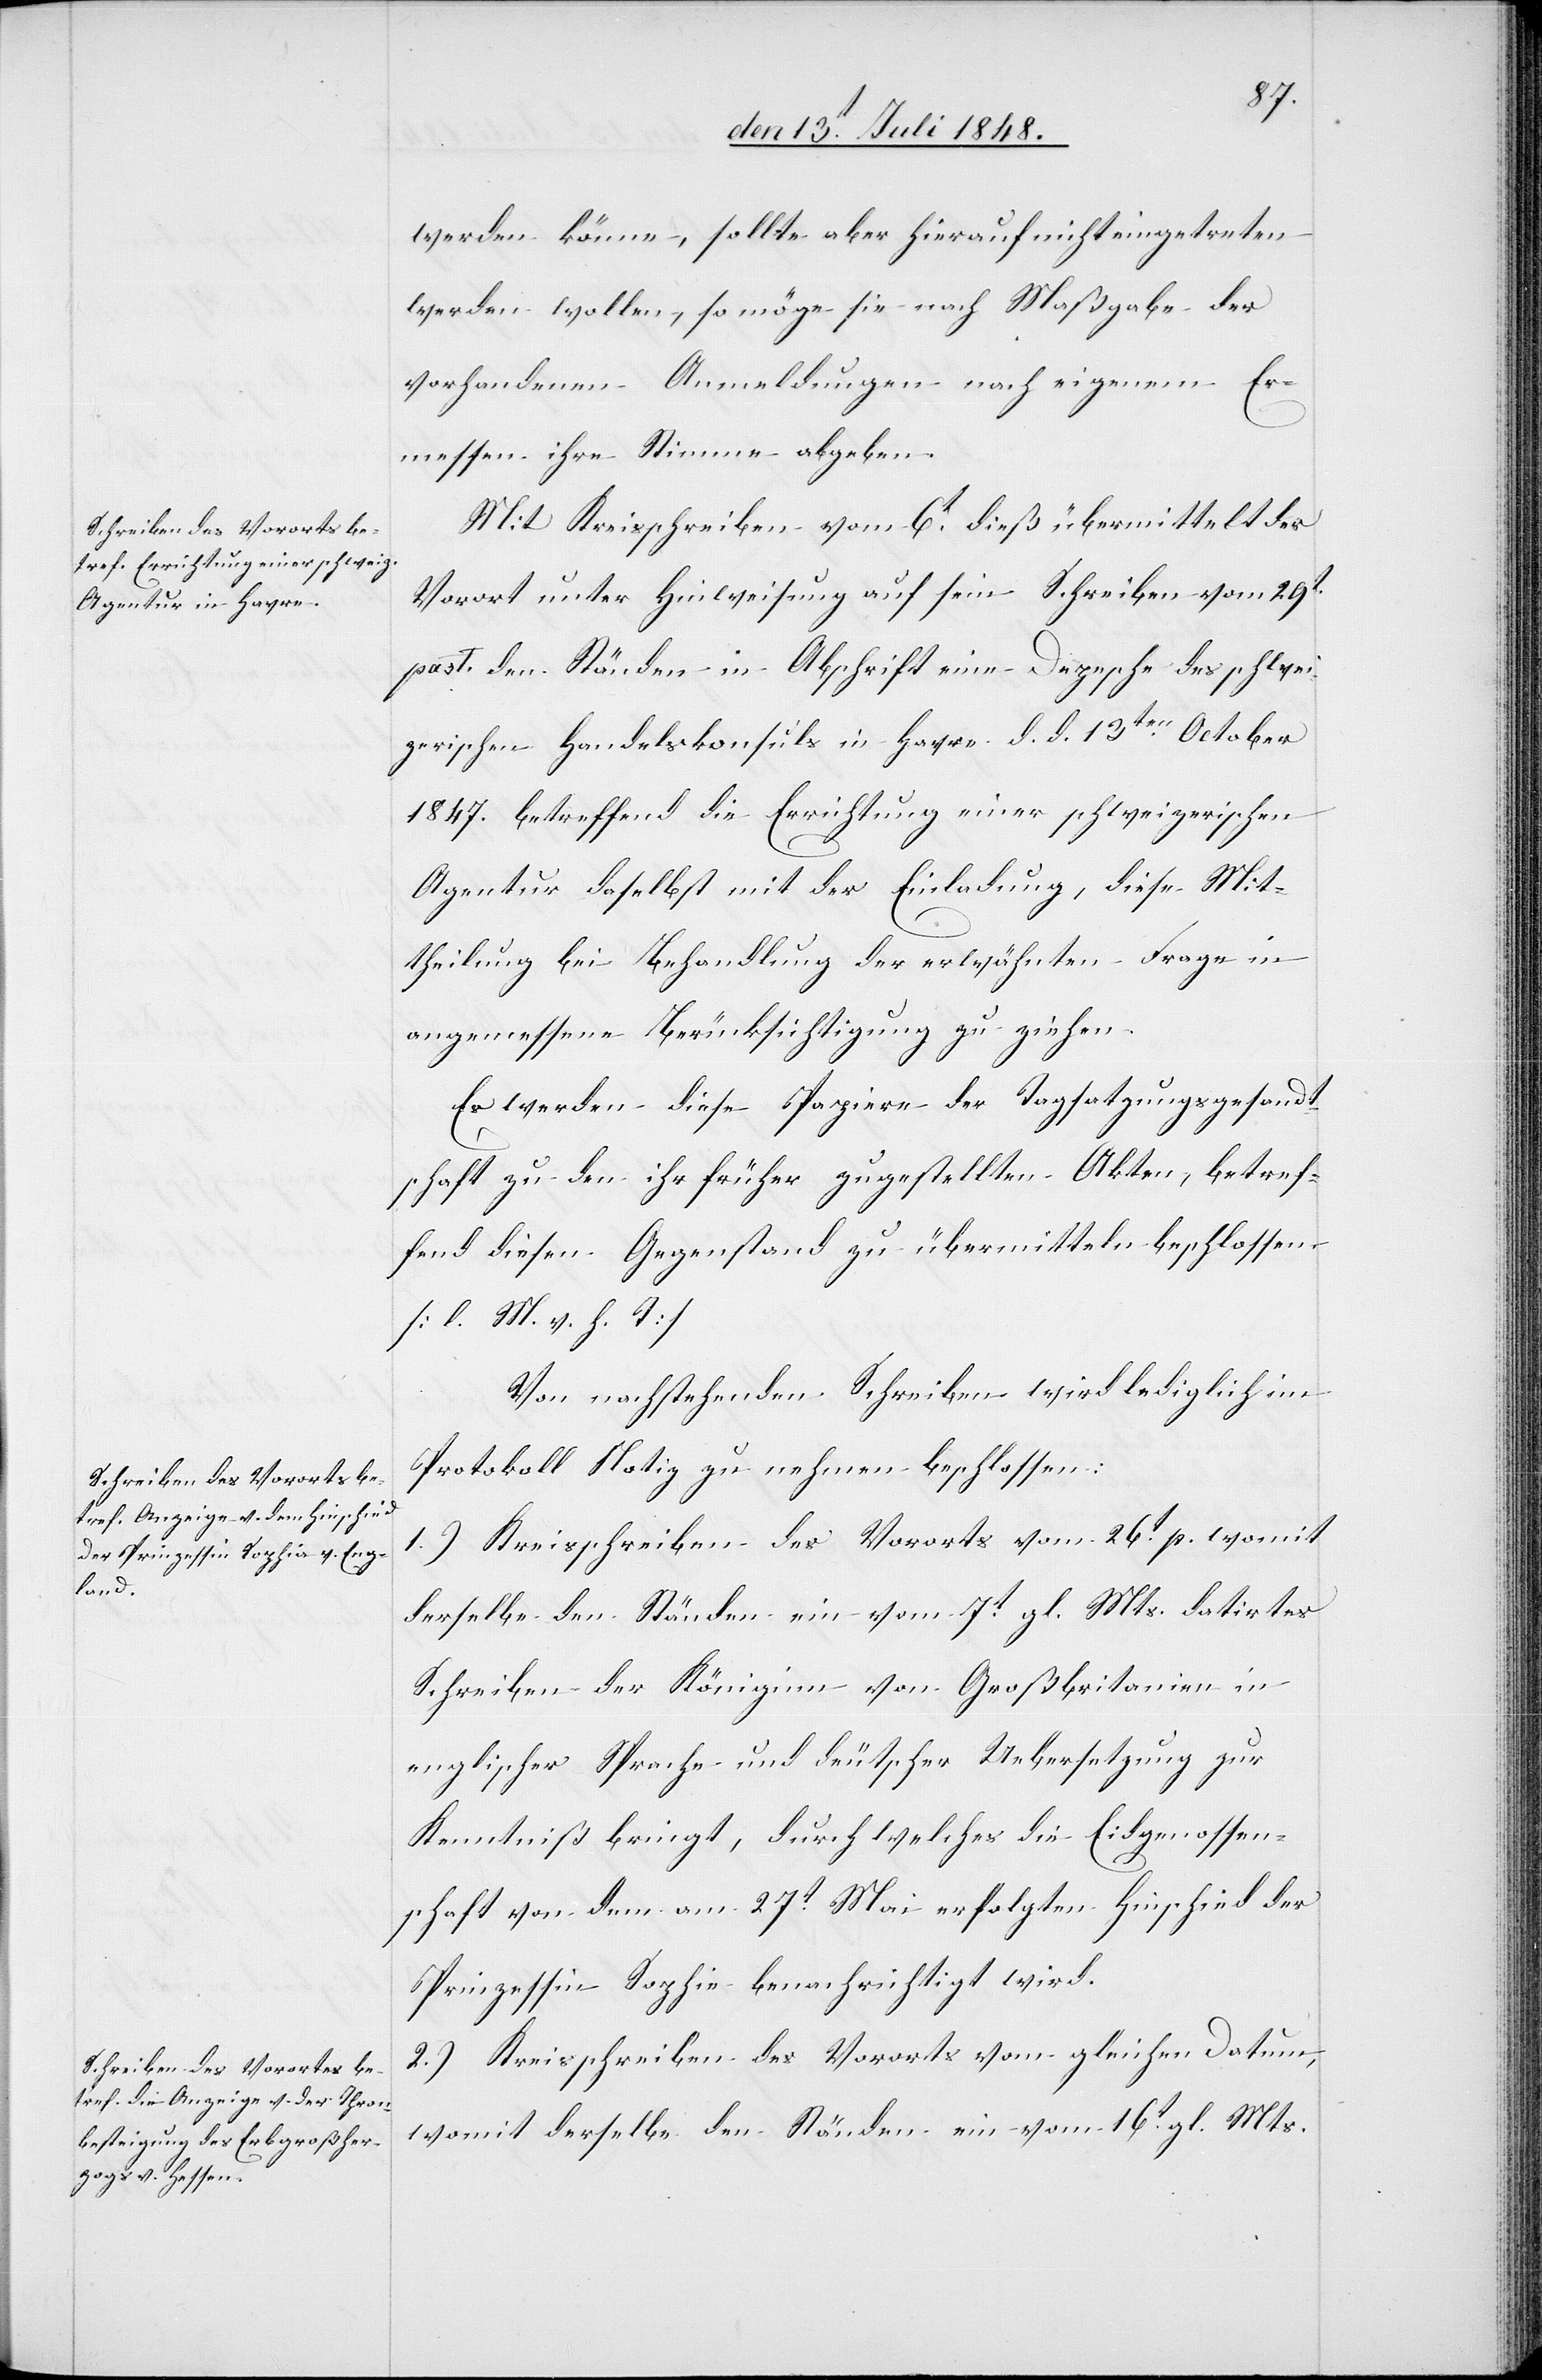
werden könne, sollte aber hierauf nicht eingetreten
werden wollen, so möge sie nach Maßgabe der
vorhandenen Anmeldungen nach eigenem Er¬
messen ihre Stimme abgeben.
Mit Kreisschreiben vom 6t dieß übermittelt der
Vorort unter Hinweisung auf sein Schreiben vom 29t
past. den Ständen in Abschrift eine Depesche des schwei¬
zerischen Handelskonsuls in Havre d. d. 13ten October
1847. betreffend die Errichtung einer schweizerischen
Agentur daselbst mit der Einladung, diese Mit¬
theilung bei Behandlung der erwähnten Frage in
angemessene Berücksichtigung zu ziehen.
Es werden diese Papiere der Tagsatzungsgesandt¬
schaft zu den ihr früher zugestellten Akten, betref¬
fend diesen Gegenstand zu übermitteln beschlossen.
[l. M. v. h. T]
Von nachstehenden Schreiben wird lediglich im
Protokoll Notiz zu nehmen beschlossen:
1.) Kreisschreiben des Vororts vom 26t p. womit
derselbe den Ständen ein vom 7t gl. Mts. datirtes
Schreiben der Königinn von Großbritanien in
englischer Sprache und deutscher Uebersetzung zur
Kenntniß bringt, durch welches die Eidgenossen¬
schaft von dem am 27t Mai erfolgten Hinschied der
Prinzessin Sophie benachrichtig wird.
2.) Kreisschreiben des Vororts vom gleichen Datum,
womit derselbe den Ständen ein vom 16t gl. Mts.